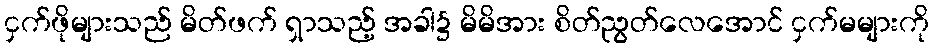
ငှက်ဖိုများသည် မိတ်ဖက် ရှာသည့် အခါ၌ မိမိအား စိတ်ညွတ်လေအောင် ငှက်မများကို